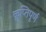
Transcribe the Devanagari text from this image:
कॢप्तिपूर्ण